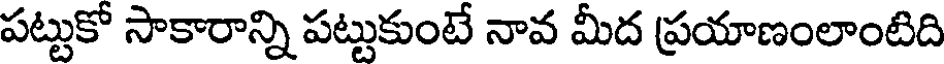
పట్టుకో సాకారాన్ని పట్టుకుంటే నావ మీద ప్రయాణంలాంటిది